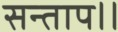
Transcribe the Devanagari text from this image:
सन्‍ताप।।